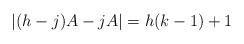
LaTeX: \begin{align*} |(h-j)A - jA| = h(k-1)+1\end{align*}